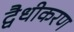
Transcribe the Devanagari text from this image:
द्वैधीकरण